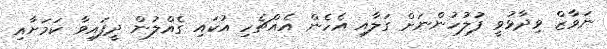
ނަވާޒް ވިދާޅުވީ ފުުލުހުންނަށް ގަލާއި އެހެން އެއްޗެހި އުކައި ގެއްލުން ދީފައިވާ ކަމަށާއި